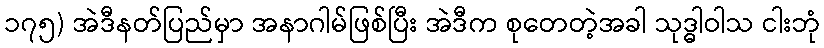
၁၇၅) အဲဒီနတ်ပြည်မှာ အနာဂါမ်ဖြစ်ပြီး အဲဒီက စုတေတဲ့အခါ သုဒ္ဓါဝါသ ငါးဘုံ